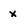
Character: x